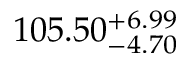
1 0 5 . 5 0 _ { - 4 . 7 0 } ^ { + 6 . 9 9 }